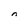
Character: n